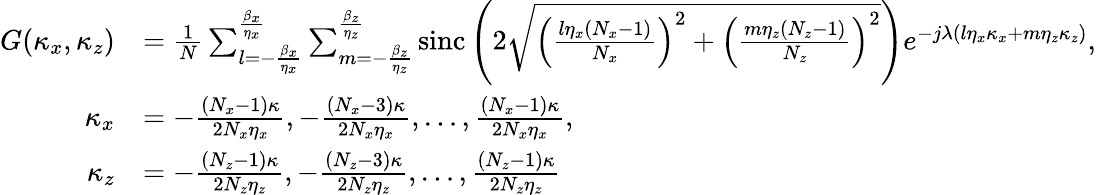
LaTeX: \begin{array}{rl}{G(\kappa_{x},\kappa_{z})}&{=\frac{1}{N}\sum_{l=-\frac{\beta_{x}}{\eta_{x}}}^{\frac{\beta_{x}}{\eta_{x}}}\sum_{m=-\frac{\beta_{z}}{\eta_{z}}}^{\frac{\beta_{z}}{\eta_{z}}}\mathrm{sinc}\left(2\sqrt{\left(\frac{l\eta_{x}(N_{x}-1)}{N_{x}}\right)^{2}+\left(\frac{m\eta_{z}(N_{z}-1)}{N_{z}}\right)^{2}}\right)e^{-j\lambda(l\eta_{x}\kappa_{x}+m\eta_{z}\kappa_{z})},}\\ {\kappa_{x}}&{=-\frac{(N_{x}-1)\kappa}{2N_{x}\eta_{x}},-\frac{(N_{x}-3)\kappa}{2N_{x}\eta_{x}},\ldots,\frac{(N_{x}-1)\kappa}{2N_{x}\eta_{x}},}\\ {\kappa_{z}}&{=-\frac{(N_{z}-1)\kappa}{2N_{z}\eta_{z}},-\frac{(N_{z}-3)\kappa}{2N_{z}\eta_{z}},\ldots,\frac{(N_{z}-1)\kappa}{2N_{z}\eta_{z}}}\end{array}